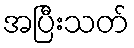
အပြီးသတ်